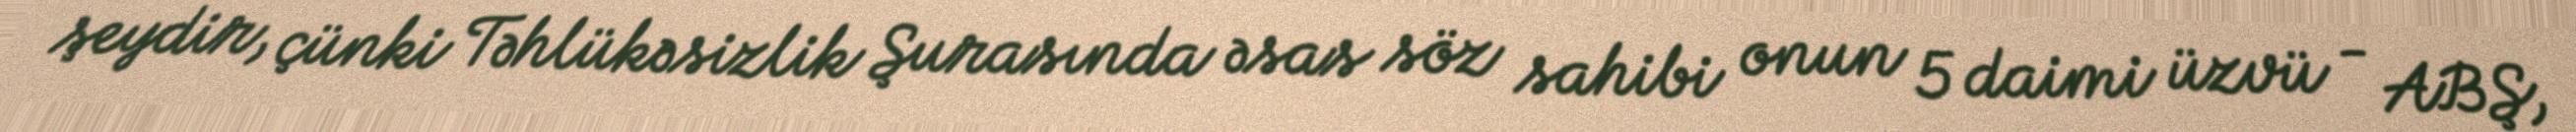
şeydir, çünki Təhlükəsizlik Şurasında əsas söz sahibi onun 5 daimi üzvü - ABŞ,